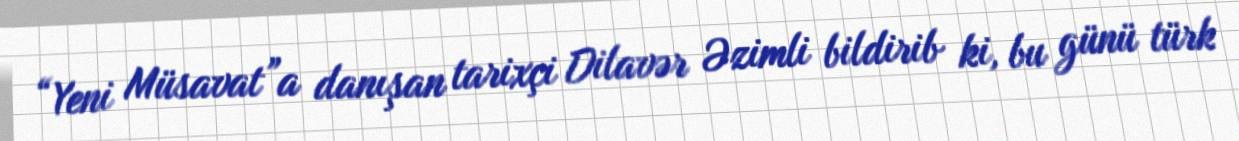
“Yeni Müsavat”a danışan tarixçi Dilavər Əzimli bildirib ki, bu günü türk